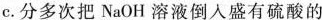
c.分多次把NaOH溶液倒入盛有硫酸的